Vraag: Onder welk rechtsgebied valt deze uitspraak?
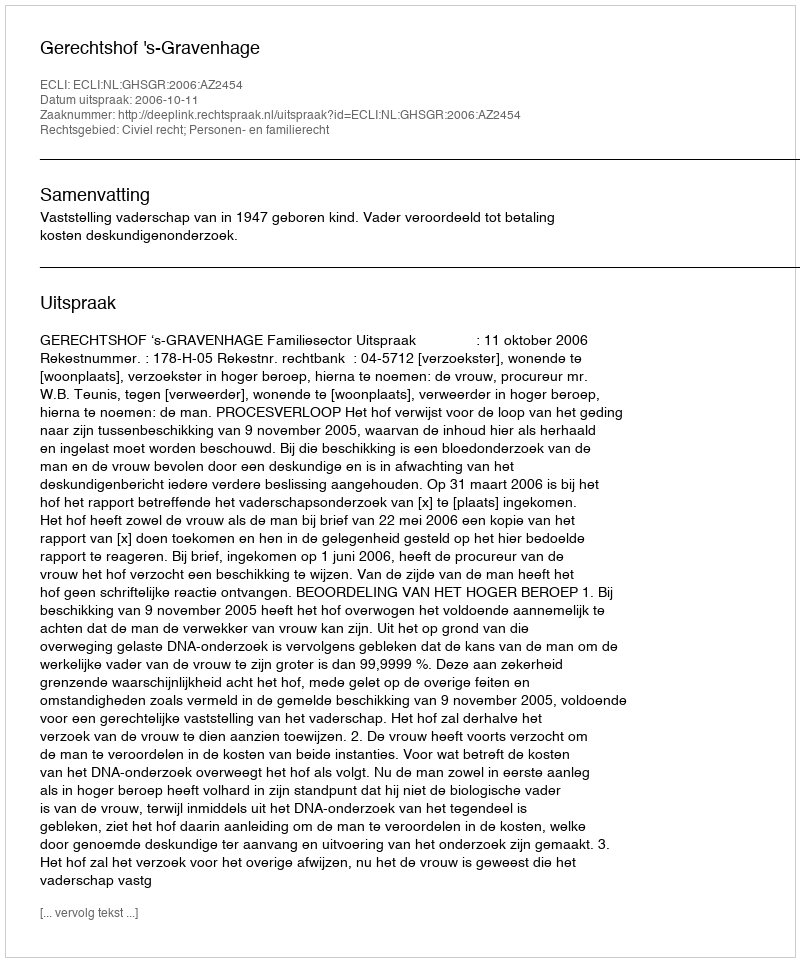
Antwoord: Civiel recht; Personen- en familierecht